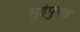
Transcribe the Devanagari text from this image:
सुईपुच्छ